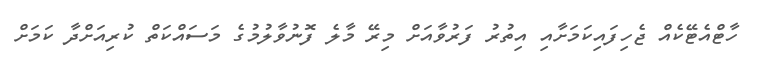
ހާޓްއެޓޭކެއް ޖެހިފައިކަމަށާއި އިތުރު ފަރުވާއަށް މިރޭ މާލެ ފޮނުވާލުމުގެ މަސައްކަތް ކުރިއަށްދާ ކަމަށް